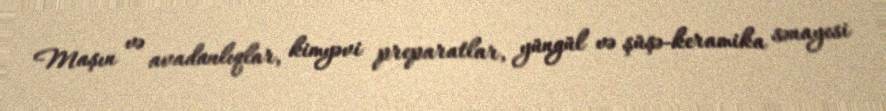
Maşın və avadanlıqlar, kimyəvi preparatlar, yüngül və şüşə-keramika sənayesi